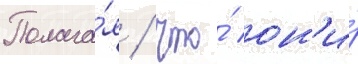
Полага́я / что́ он'и́